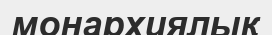
монархиялық